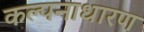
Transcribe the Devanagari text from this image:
कल्पनाधारण